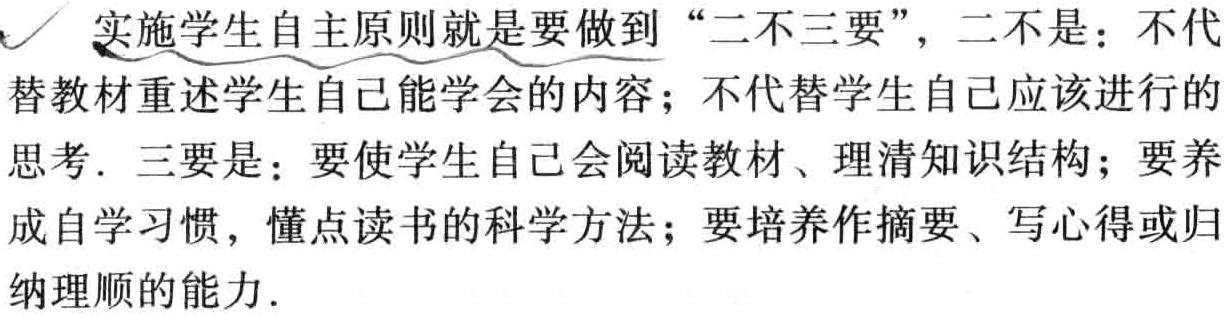
实施学生自主原则就是要做到 “二不三要”，二不是：不代替教材重述学生自己能学会的内容；不代替学生自己应该进行的思考．三要是：要使学生自己会阅读教材、理清知识结构；要养成自学习惯，懂点读书的科学方法；要培养作摘要、写心得或归纳理顺的能力．